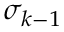
\sigma _ { k - 1 }